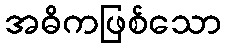
အဓိကဖြစ်သော